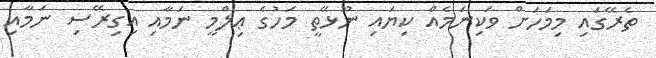
ތެރޭގައި މިމަހަށް ވަކިނަމެއް ކިޔައި ނޫޅޭތީ މަހުގެ ޢިލްމީ ނަމާއި އިގިރޭސި ނަމާއި